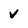
Character: v